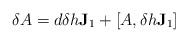
LaTeX: \begin{align*}\delta A =d \delta h \mathbf{J}_{1} + \left[A, \delta h \mathbf{J}_{1} \right] \end{align*}